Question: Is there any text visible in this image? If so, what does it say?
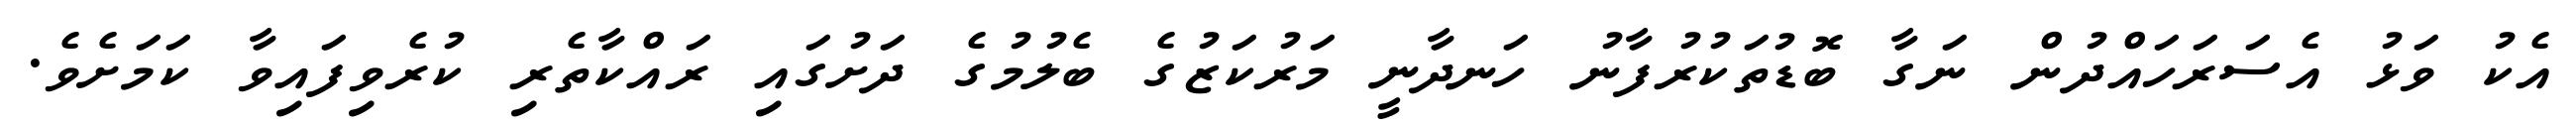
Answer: އެކު ވަޅު އެސަރަހައްދުން ނަގާ ބޮޑުތަކުރުފާނު ހަނދާނީ މަރުކަޒުގެ ބެލުމުގެ ދަށުގައި ރައްކާތެރި ކުރެވިފައިވާ ކަމަށެވެ.